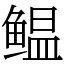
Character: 鳁